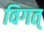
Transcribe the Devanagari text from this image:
विगत्